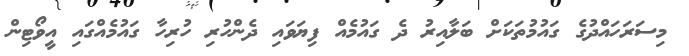
މިސަރަހައްދުގެ ގައުމުތަކަށް ބަލާއިރު ދެ ގައުމެއް ފިޔަވައި ދެންހުރި ހުރިހާ ގައުމެއްގައި އީވޯޓިން